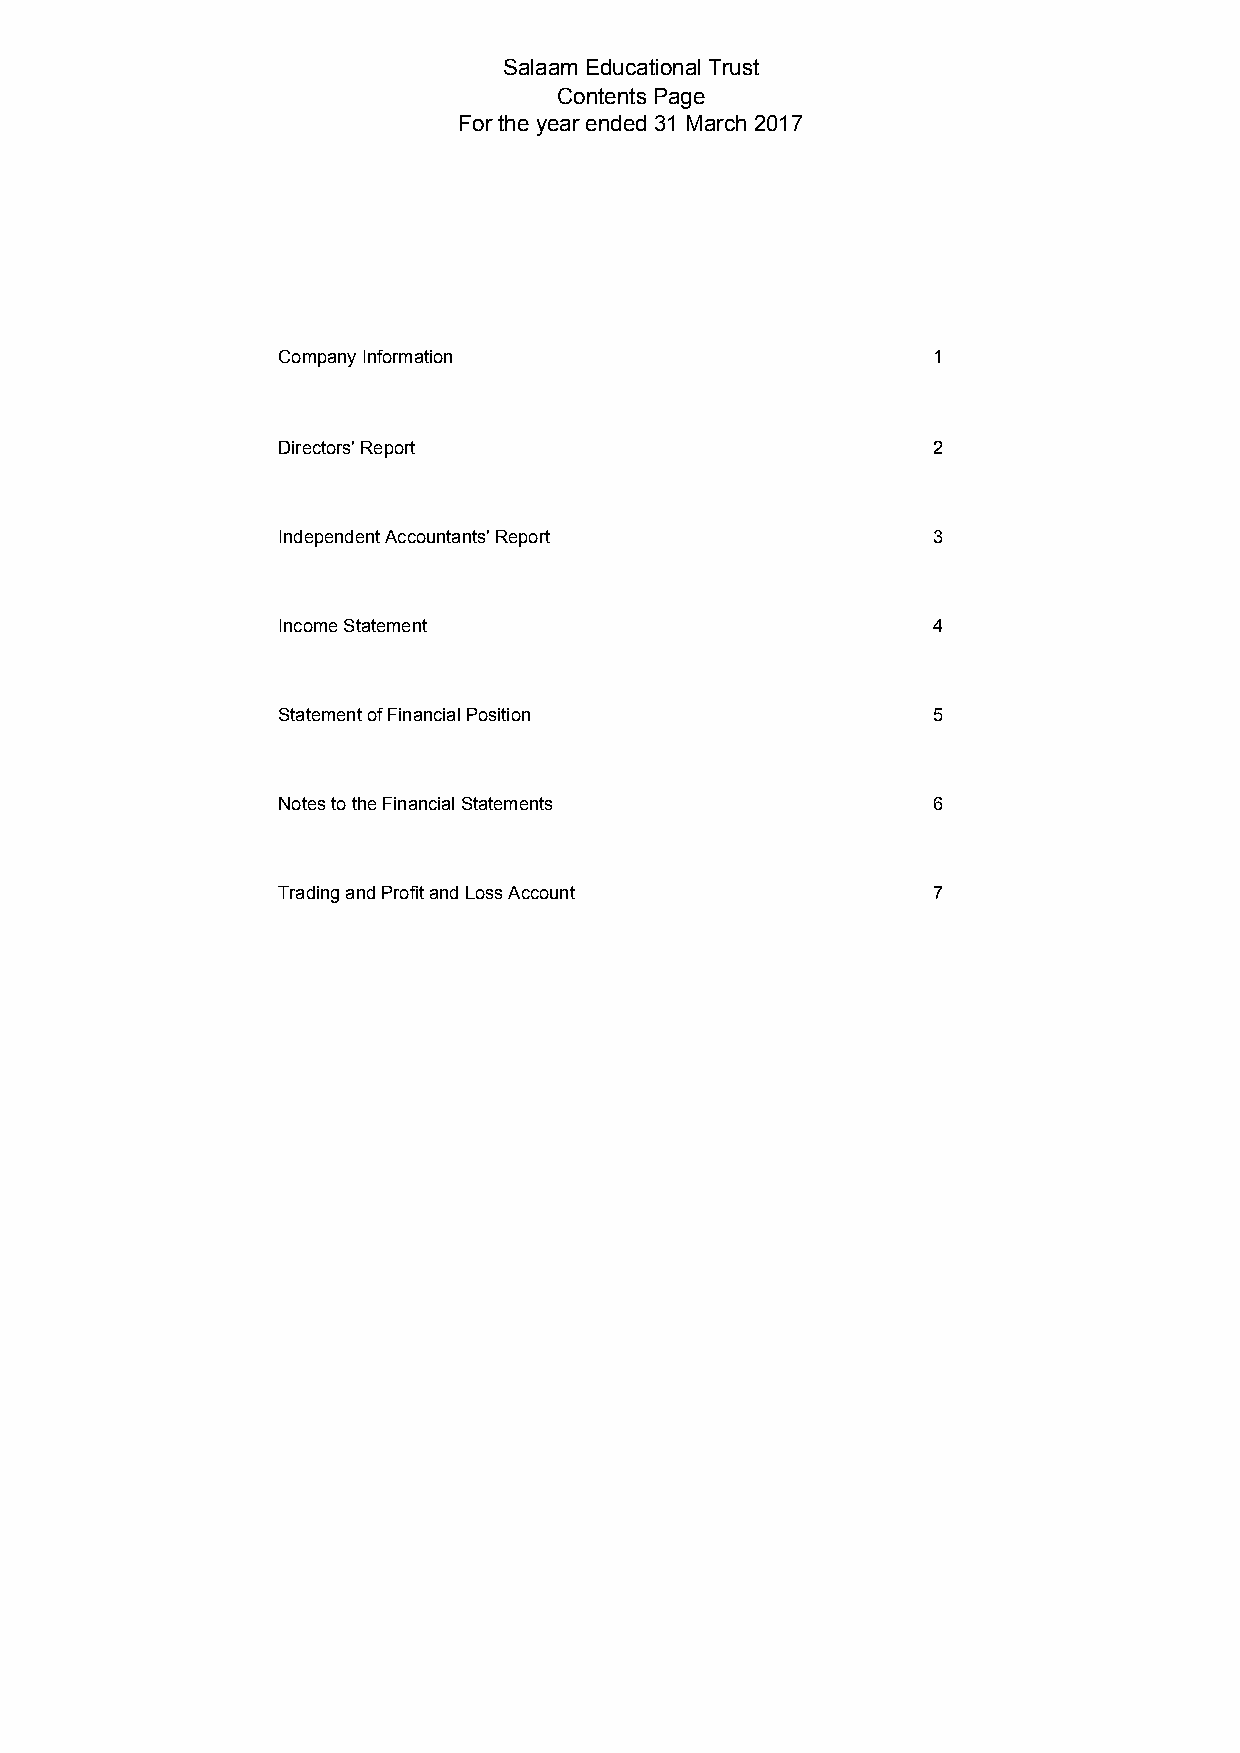
Salaam Educational Trust
 Contents Page
 For the year ended 31 March 2017
 Company Information                         1
 Directors' Report                           2
 Independent Accountants' Report             3
 Income Statement                            4
 Statement of Financial Position             5
 Notes to the Financial Statements           6
 Trading and Profit and Loss Account         7